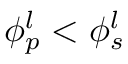
\phi _ { p } ^ { l } < \phi _ { s } ^ { l }